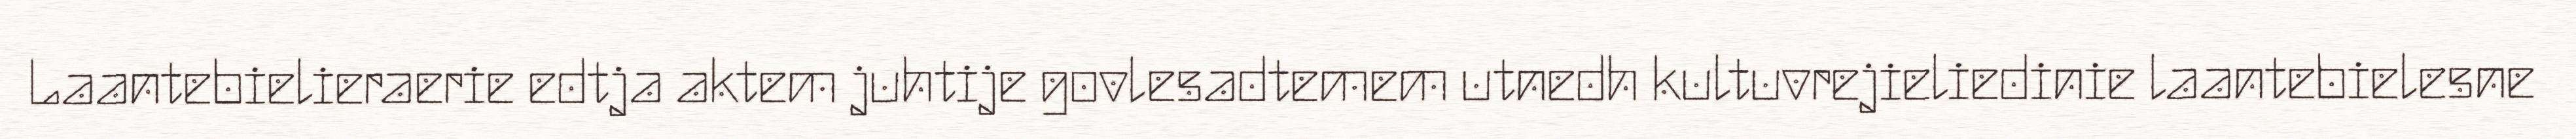
Laantebielieraerie edtja aktem juhtije govlesadtemem utnedh kultuvrejieliedinie laantebielesne